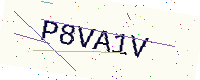
Text: P8VA1V